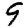
Digit: 9